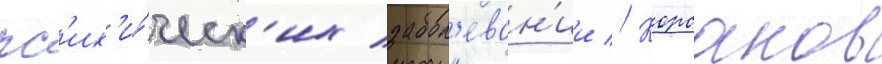
пс'их'и́ческ'их забол'еван'ии // Корсаков